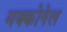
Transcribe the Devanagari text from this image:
मक्कोनेल